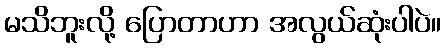
မသိဘူးလို့ ပြောတာဟာ အလွယ်ဆုံးပါပဲ။